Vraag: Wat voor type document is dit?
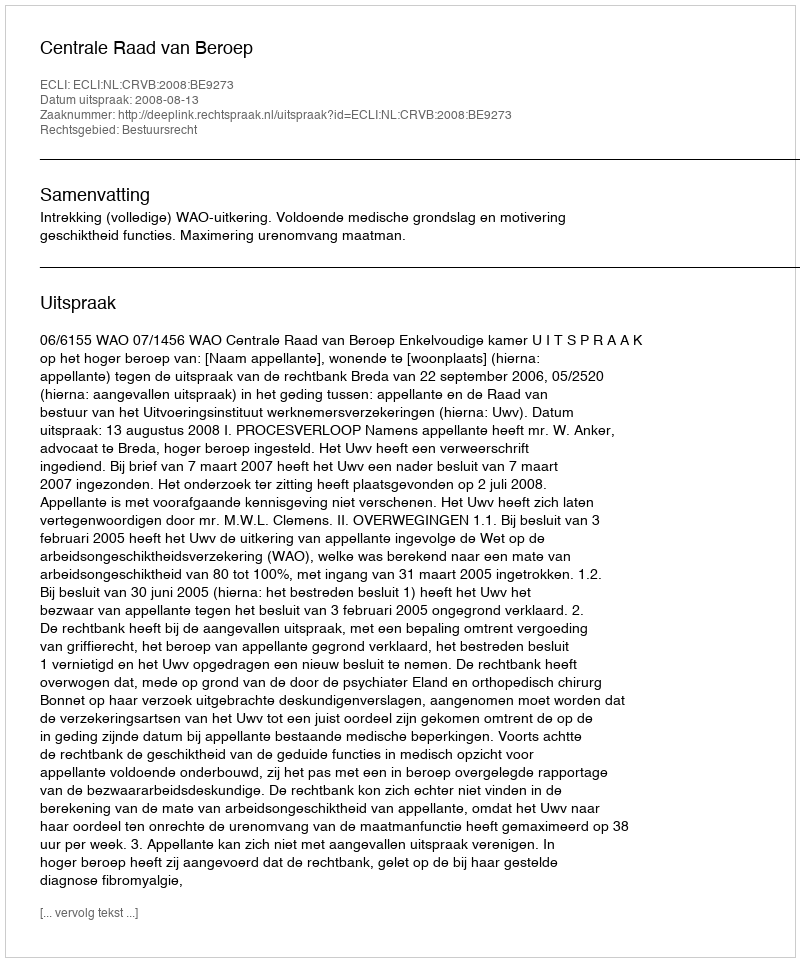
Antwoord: Uitspraak